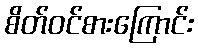
စိတ်ဝင်စားကြောင်း